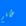
طاقم